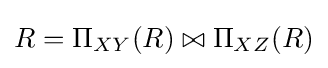
R=\Pi _{XY}(R)\bowtie \Pi _{XZ}(R)